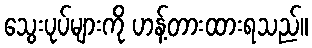
သွေးပုပ်များကို ဟန့်တားထားရသည်။